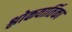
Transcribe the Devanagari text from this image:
श्लोकवार्तिका